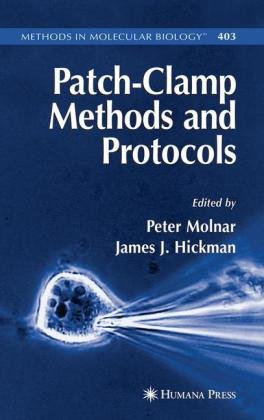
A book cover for Patch-Clamp Methods and Protocols (Methods in Molecular Biology); Medical Books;